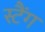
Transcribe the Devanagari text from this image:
स्टैंग